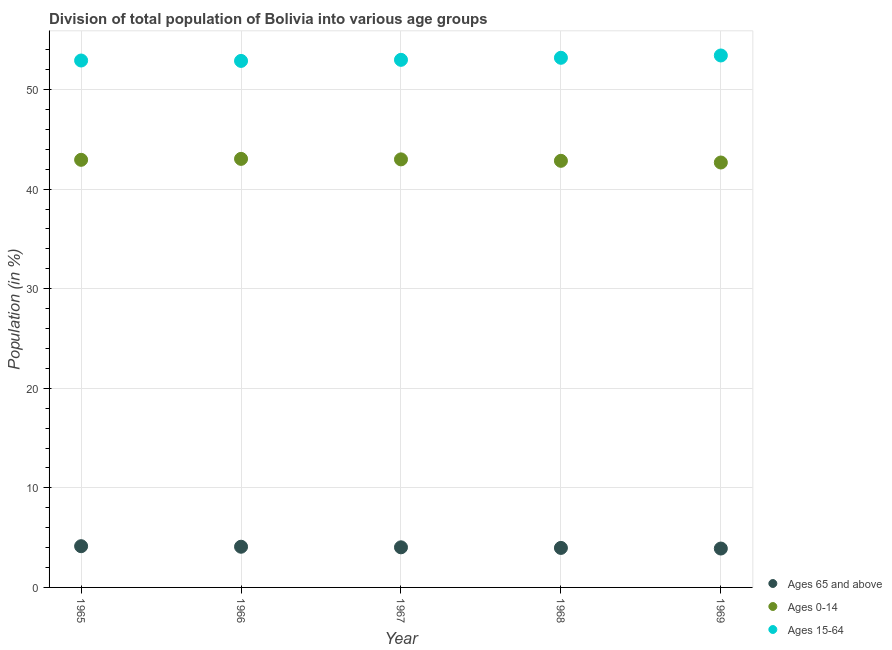
| Year | Ages 65 and above | Ages 0-14 | Ages 15-64 |
 | --- | --- | --- | --- |
 | 1965 | 4.14 | 42.9 | 52.9 |
 | 1966 | 4.09 | 43 | 52.9 |
 | 1967 | 4.03 | 43 | 53 |
 | 1968 | 3.97 | 42.8 | 53.2 |
 | 1969 | 3.91 | 42.7 | 53.4 |